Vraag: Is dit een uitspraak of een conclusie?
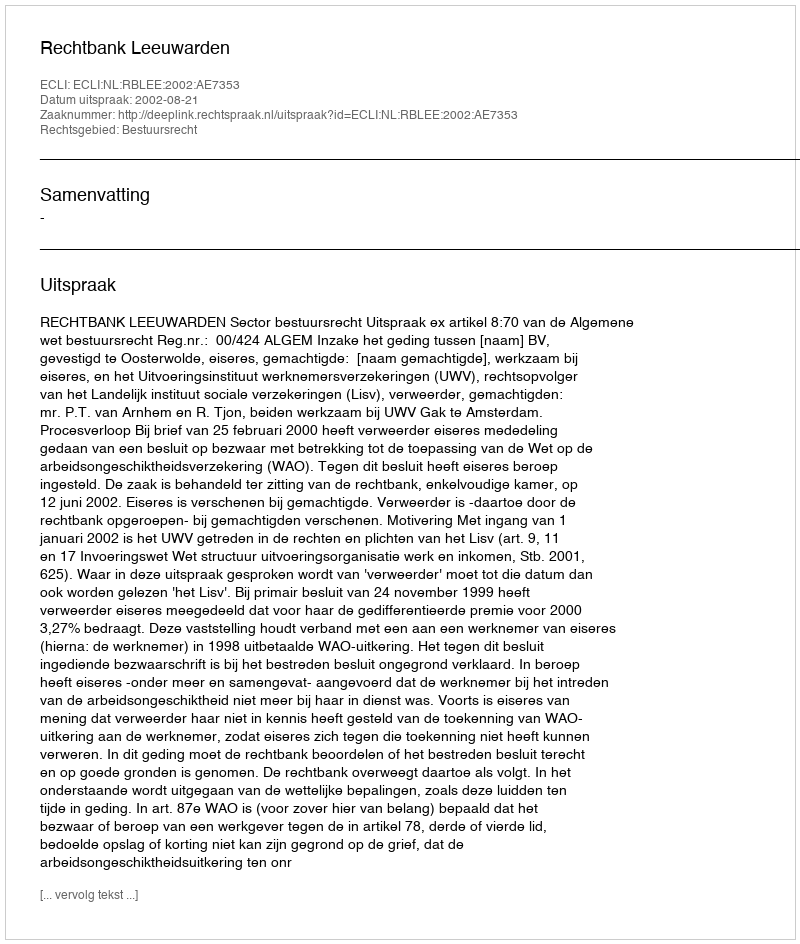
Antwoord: Uitspraak